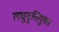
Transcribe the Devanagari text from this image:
लघुवृत्तियुक्त